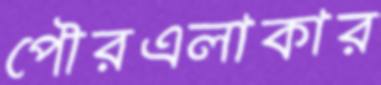
পৌরএলাকার